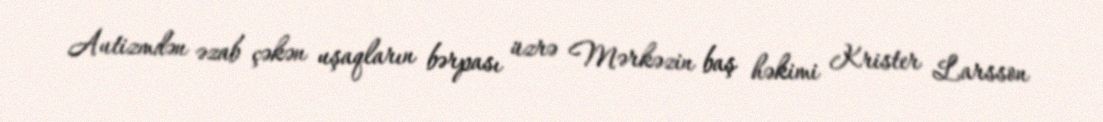
Autizmdən əzab çəkən uşaqların bərpası üzrə Mərkəzin baş həkimi Krister Larsson